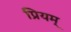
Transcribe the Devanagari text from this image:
प्रियम्‌